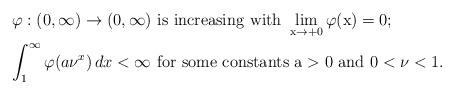
LaTeX: \begin{align*} \begin{aligned} & \varphi:(0,\infty)\to (0,\infty) \,\,\rm{is\,\, increasing \, \,with} \,\,\lim_{x\to +0} \varphi(x)=0; \\ & \displaystyle{ \int_1^{\infty} \varphi(a\nu^{x})\,dx <\infty} \,\,\rm{for\,\, some\,\, constants} \,\,a>0 \,\, \rm{and}\,\, 0<\nu<1. \end{aligned}\end{align*}